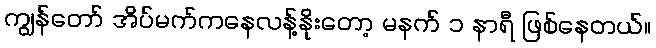
ကျွန်တော် အိပ်မက်ကနေလန့်နိုးတော့ မနက် ၁ နာရီ ဖြစ်နေတယ်။